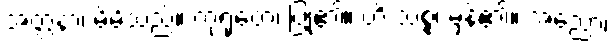
အတ္တနာ၊ မိမိသည်။ ကုရုတေ၊ ပြု၏။ ဟိ သစ္စံ၊ မှန်၏။ အညော၊